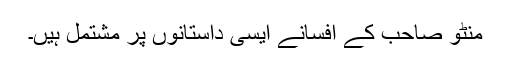
منٹو صاحب کے افسانے ایسی داستانوں پر مشتمل ہیں۔